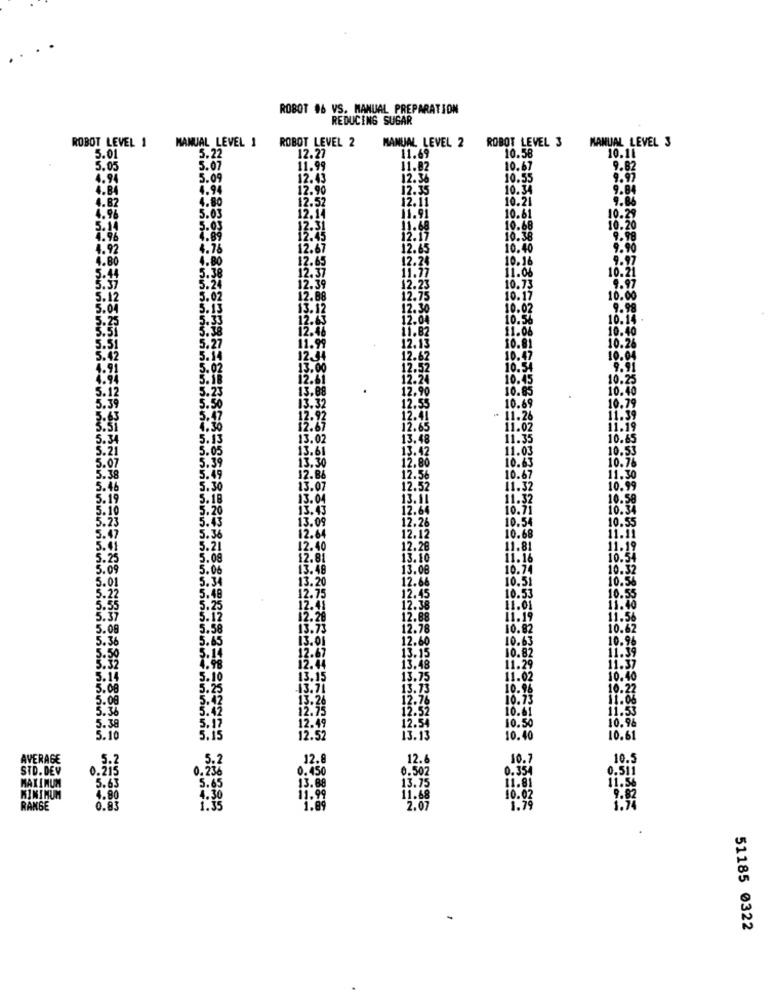
ROBOT #6 VS. MANUAL PREPARATION
REDUCING SUGAR
ROBOT LEVEL 1
MANUAL LEVEL 1
ROBOT LEVEL 2
MANUAL LEVEL 2
ROBOT LEVEL 3
MANUAL LEVEL 3
5.22
11.69
10.58
10.14
5.01
12.27
5.05
5.07
11.99
11.82
10.67
9.82
4.94
5.09
12.43
12.36
10.55
9.97
4.84
4.94
12.90
12.35
10.34
9.84
4.82
4.80
12.52
12.11
10.21
9.84
10.61
4.96
5.03
12.14
11.91
10.29
5.14
5.05
12.31
11.68
10.68
10.20
4.96
12:45
12.17
10.38
9.98
4.92
4.76
12.67
12.65
10.40
9.90
4.80
4.80
12.65
12.24
10.16
9.97
5.38
12.37
11.06
10.21
11.77
5.24
12.39
2.23
10.73
9.97
5.02
12.88
12.75
10.17
10.00
5.13
13.12
10.02
9.98
5.3
12.63
10.56
10.14
11.08
10.40
11.99
10.81
10.26
5.27
5.14
12.44
10.47
10.04
5.02
13.00
10.54
9.91
12.61
10.45
10.25
5.23
13.88
10.85
10.40
13.32
10.69
10.79
12.92
11.26
11.39
4.30
11.02
11.19
5.13
13.02
.48
11.35
10.65
5.05
13.61
3.42
11.03
10.53
5.39
13.30
10.6.
10.76
5.49
12.86
10.67
11.30
5.30
13.07
12.52
11.32
10.99
5.18
13.04
11.32
10.58
.20
13.43
10.71
10.34
5.23
5.43
13.09
12.26
10.54
10.55
12.64
12.12
5.47
5.36
10.68
11.11
5.4
5.21
12.40
12.28
11.81
11.19
5.09
12.81
3.10
11.16
10.54
5.09
5.06
13.48
13.08
10.74
10.32
5.01
5.34
13.20
12.66
10.51
10.56
10.53
10.55
5.48
12.75
12.45
5.25
12.41
2.38
11.01
11.40
5.12
12.28
12.88
11.19
11.56
5.08
5.58
13.73
12.78
10.82
10.62
.36
5.65
13.01
12.60
10.63
10.96
.50
5.14
12.67
10.82
11.39
13.15
4.98
12.44
13.48
11.29
11.37
5.14
5.10
13.15
13.75
11.02
10.40
5.00
5.25
13.71
13.73
10.96
10.22
5.00
5.42
13.26
12.76
10.75
11.06
5.42
12.75
12.52
10.61
11.53
5.38
5.17
12.49
12.54
10.50
10. 96
5.10
5.15
12.52
13.13
10.40
10.61
AVERAGE
5.2
12.8
12.
10.7
10.5
STD. DEV
0.2i5
0.450
0.507
0.354
0.511
5.65
5.65
13.68
13.75
11.81
11.54
MAXIMUM
MINIMUM
4.80
4.30
11.99
11.68
10.02
9.82
RANGE
0.83
1.35
1.89
2.07
1.79
51185 0322